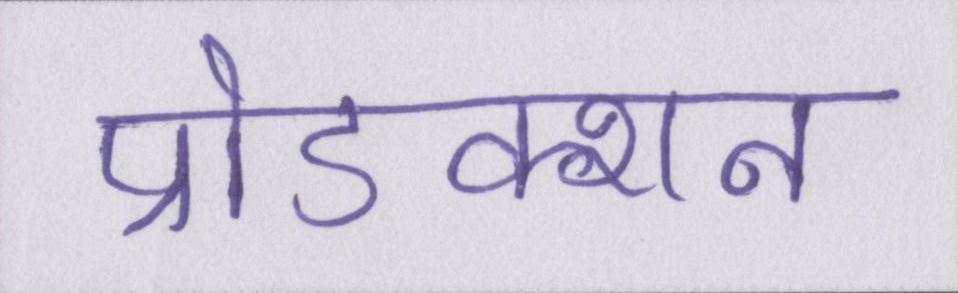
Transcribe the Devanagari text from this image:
प्रोडक्शन